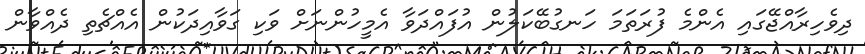
ދިވެހިރާއްޖޭގައި އެންމެ ފުރަތަމަ ހަނގުބޭކަލުން އުފައްދަވާ އެމީހުންނަށް ވަކި ގަވާއިދަކުން އެއްޗެތި ދެއްވާން